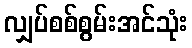
လျှပ်စစ်စွမ်းအင်သုံး